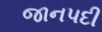
જાનપદી